Insane asylums in Bengal annual reports 1876-1887 - 1876-1887
Year: 1876
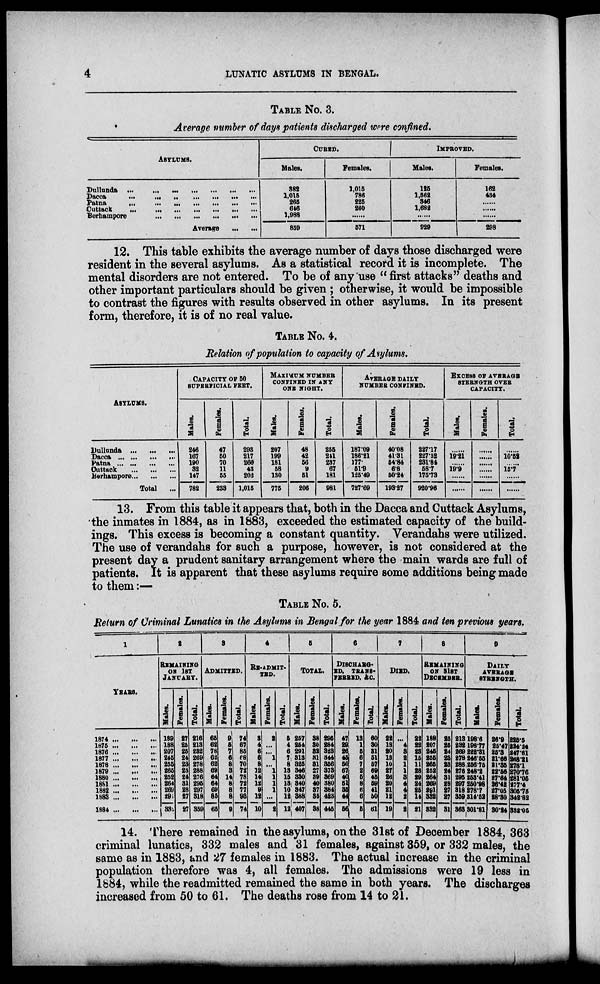
4
LUNATIC ASYLUMS IN BENGAL.
TABLE No. 3.
Average number of days patients discharged were confined.
ASYLUMS.
Dallunda
... ... ... ... ... ... ...
Dacca ... ... ... ... ... ... ...
Patna ... ... ... ... ... ... ...
Cuttack ... ... ... ... ... ... ...
Berhampore ... ... ... ... ... ...
Average
...
...
CURED.
Males.
382
1,015
265
646
1,988
859
Females.
1,015
786
225
260
......
571
IMPROVED.
Males.
125
1,562
346
1,682
......
929
Females.
162
434
......
......
......
298
12. This table exhibits the average number of days those discharged were
resident in the several asylums. As a statistical record it is incomplete. The
mental disorders are not entered. To be of any use "first attacks" deaths and
other important particulars should be given ; otherwise, it would be impossible
to contrast the figures with results observed in other asylums. In its present
form, therefore, it is of no real value.
TABLE No. 4.
Relation of population to capacity of Asylums.
ASYLUMS.
Dullanda ... ... ...
Dacca ... ... ... ...
Patna ... ... ... ...
Cuttack ... ... ... ...
Berhampore ... ... ...
Total
...
CAPACITY OF 50
SUPERFICIAL FEET.
Males.
246
167
190
32
147
782
Females.
47
50
70
11
55
233
Total.
293
217
260
43
202
1,015
MAXIMUM NUMBER
CONFINED IN ANY
ONE NIGHT.
Males.
207
199
181
58
130
775
Females.
48
42
56
9
51
206
Total.
255
241
237
67
181
981
AVERAGE DAILY
NUMBER CONFINED.
Males.
187.09
186.21
177.
51.9
125.49
727.69
Females.
40.08
41.31
54.84
6.8
50.24
193.27
Total.
227.17
227.52
231.84
58.7
175.73
920.96
EXCESS OF AVERAGE
STERNGTH OVER
CAPACITY.
Males.
......
19.21
......
19.9
......
......
Females.
......
......
......
......
......
......
Total.
......
10.52
......
15.7
......
......
13. From this table it appears that, both in the Dacca and Cuttack Asylums,
the inmates in 1884, as in 1883, exceeded the estimated capacity of the build-
ings. This excess is becoming a constant quantity. Verandahs were utilized.
The use of verandahs for such a purpose, however, is not considered at the
present day a prudent sanitary arrangement where the main wards are full of
patients. It is apparent that these asylums require some additions being made
to them:—
TABLE No. 5.
Return of Criminal Lunatics in the Asylums in Bengal for the year 1884 and ten previous years,
1
YEARS.
1874 ... ... ...
1875 ... ... ...
1876 ... ... ...
1877 ... ... ...
1878 ... ... ...
1879 ... ... ...
1880 ... ... ...
1881...
...
...
1882 ... ... ...
1883 ... ... ...
1884 ... ... ...
2
REMAINING
ON 1ST
JANUARY.
Males.
189
188
207
245
255
265
252
264
269
291
332
Females.
27
25
25
24
23
23
24
31
28
27
27
Total.
216
213
232
269
278
288
276
295
297
318
359
3
ADMITTED.
Males.
65
62
78
62
62
69
64
64
69
85
65
Females.
9
5
7
6
8
3
14
8
8
8
9
Total.
74
67
85
68
70
72
78
72
77
93
74
4
RE-ADMIT-
TED.
Males.
3
4
6
6
8
12
14
12
9
12
10
Females.
2
...
...
1
...
1
1
1
1
...
2
Total.
5
4
6
7
8
13
15
13
10
12
12
5
TOTAL.
Males.
257
254
291
313
325
346
330
340
347
388
407
Females.
38
30
32
31
31
27
39
40
37
35
38
Total.
295
284
323
344
356
373
369
380
384
423
445
6
DISCHARG-
ED, TRANS-
FERRED, &C.
Males.
47 29
26
45
50
67
40
51
35
44
56
Females.
13
1
5
6
7
2
5
8
6
6
5
Total.
60
30
31
51
57
69
45
59
41
50
61
7
DIED.
Males.
22
18
20 13
10
27
26
20
21
12
19
Females.
...
4
8
2
1
1
3
4
4
2
2
Total.
22
22
28
15
11
28
29
24
25
14
21
8
REMAINING
ON 31ST
DECEMBER.
Males.
188
207
245
255
265
252
264
269
391
332
332
Females.
25
25
24
23
23
24
31
28
27
27
31
Total.
213
231
269
278
288
276
295
297
318
359
363
9
DAILY
AVERAGE
STERNGTH.
Males.
198.6
198.77
222.31
246.55
256.75
248.2
253.41
250.98
278.7
314.52
301.81
Females.
26.9
25.47
25.3
21.66
21.35
22.56
27.64
26.42
27.05
28.30
30.24
Total.
225.5
224.24
247.61
268.21
278.1
270.76
281.05
277.4
305.75
342.82
332.05
14. There remained in the asylums, on the 31st of December 1884, 363
criminal lunatics, 332 males and 31 females, against 359, or 332 males, the
same as in 1883, and 27 females in 1883. The actual increase in the criminal
population therefore was 4, all females. The admissions were 19 less in
1884, while the readmitted remained the same in both years. The discharges
increased from 50 to 61. The deaths rose from 14 to 21.